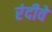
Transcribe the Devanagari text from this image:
रंदीवे